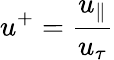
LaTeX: u^{+}=\frac{u_{\| }}{u_{\tau}}